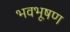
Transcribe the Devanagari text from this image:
भवभूषण